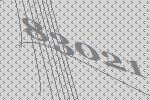
83021